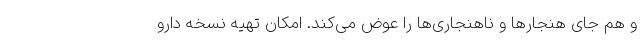
و هم جای هنجارها و ناهنجاری‌ها را عوض می‌کند. امکان تهیه نسخه دارو